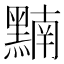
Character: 𪑮